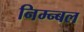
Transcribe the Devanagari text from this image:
निम्न्बल